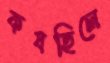
কষছিলে